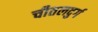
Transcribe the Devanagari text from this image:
चीतलदुर्ग